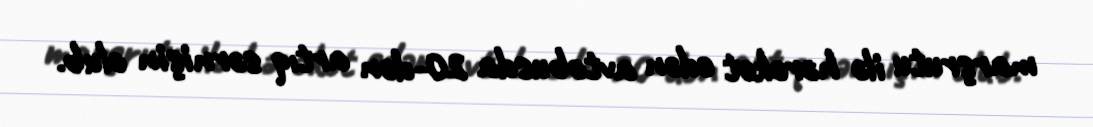
marşrutu ilə hərəkət edən avtobusda 20-dən artıq sərnişin olub.